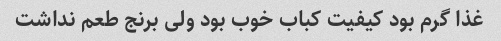
غذا گرم بود کیفیت کباب خوب بود ولی برنج طعم نداشت